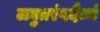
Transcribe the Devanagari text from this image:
लघुतरंगदैर्ध्य